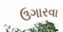
ઉગારવા